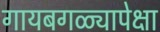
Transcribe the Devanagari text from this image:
गायबगळ्यापेक्षा